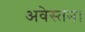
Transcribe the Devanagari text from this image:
अवेस्तन।